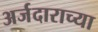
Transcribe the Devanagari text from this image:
अर्जदाराच्या